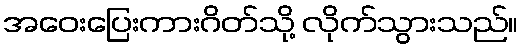
အဝေးပြေးကားဂိတ်သို့ လိုက်သွားသည်။